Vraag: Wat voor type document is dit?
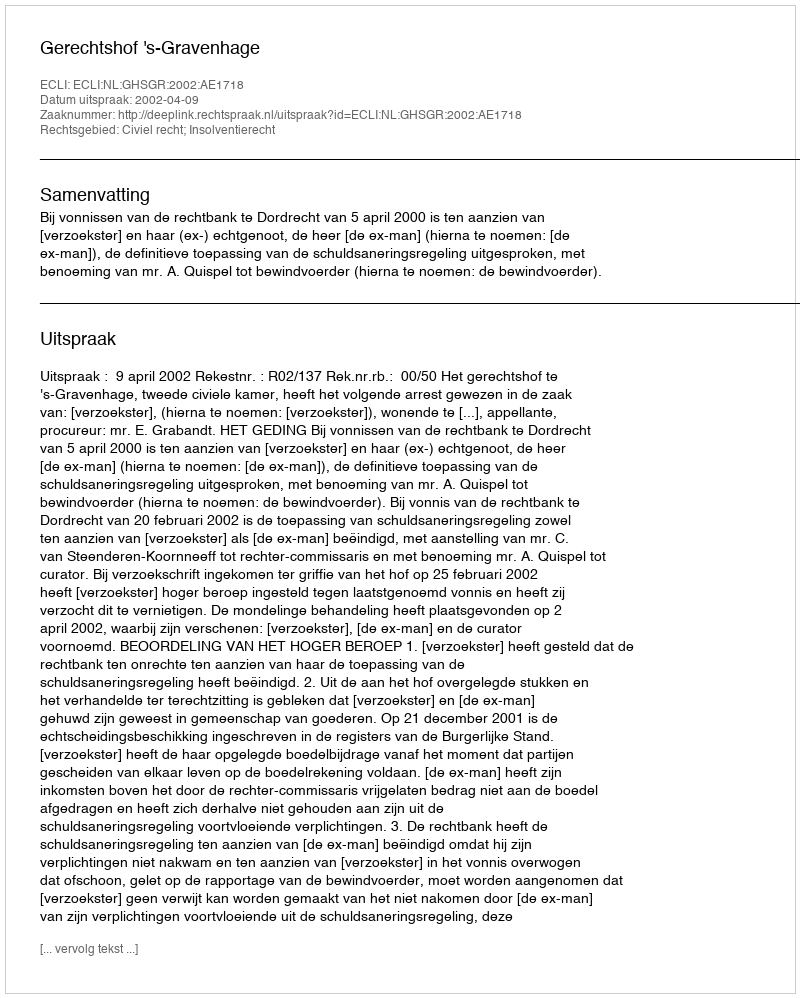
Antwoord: Uitspraak